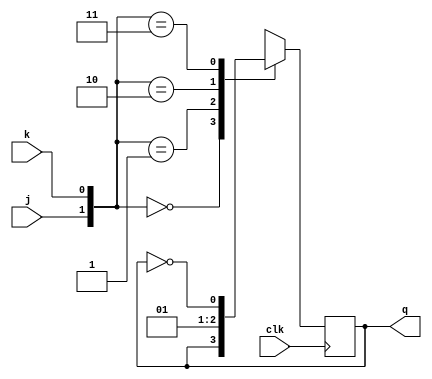
`timescale 1ns / 1ps

// JK flipflop is advancement of SR Flipflop as it avoid forbidden state
module JK_Flipflop(
    input j,k,clk,
    output reg q
    );
    
    always @(posedge clk)begin 
    case ({j,k})
    2'b00: q <= q ;
    2'b01: q<=1'b0;
    2'b10: q<=1'b1;
    2'b11: q<=~q;
    endcase
    end
endmodule